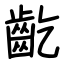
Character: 齕